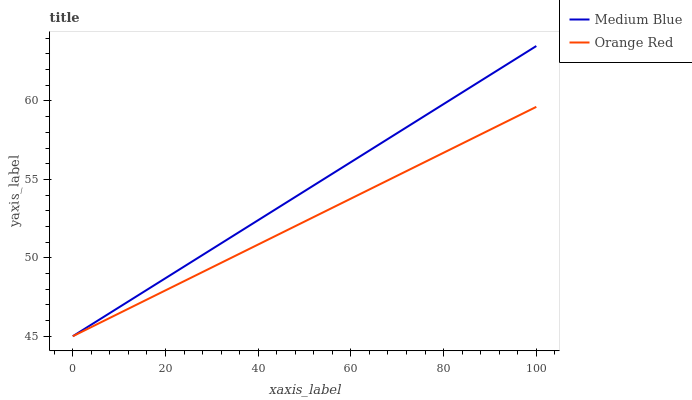
| xaxis_label | Medium Blue | Orange Red |
 | --- | --- | --- |
 | 0 | 45 | 45 |
 | 16.7 | 48.1 | 47.4 |
 | 33.3 | 51.2 | 49.9 |
 | 50 | 54.3 | 52.3 |
 | 66.7 | 57.3 | 54.8 |
 | 83.3 | 60.4 | 57.2 |
 | 100 | 63.5 | 59.6 |